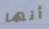
أنها